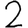
Digit: 2